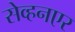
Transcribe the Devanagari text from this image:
सेव्हनएर